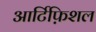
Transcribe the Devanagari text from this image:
आर्टिफ़िशल